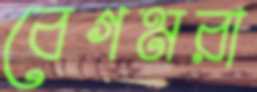
বেগমরা